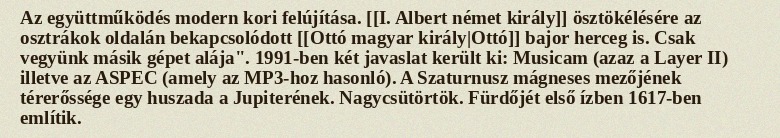
Az együttműködés modern kori felújítása. [[I. Albert német király]] ösztökélésére az osztrákok oldalán bekapcsolódott [[Ottó magyar király|Ottó]] bajor herceg is. Csak vegyünk másik gépet alája". 1991-ben két javaslat került ki: Musicam (azaz a Layer II) illetve az ASPEC (amely az MP3-hoz hasonló). A Szaturnusz mágneses mezőjének térerőssége egy huszada a Jupiterének. Nagycsütörtök. Fürdőjét első ízben 1617-ben említik.